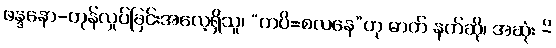
ဖန္ဒနော-တုန်လှုပ်ခြင်းအလေ့ရှိသူ၊ “ကပိ=စလနေ”ဟု ဓာတ် နက်ဆို၊ အဆုံး -ိ